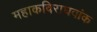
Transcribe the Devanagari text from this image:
महाकविराघवांक